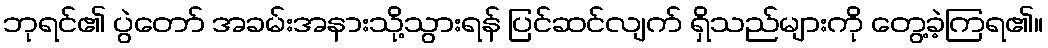
ဘုရင်၏ ပွဲတော် အခမ်းအနားသို့သွားရန် ပြင်ဆင်လျက် ရှိသည်များကို တွေ့ခဲ့ကြရ၏။